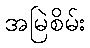
အမြဲစိမ်း